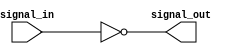
module Inverter_Delay (
    input wire signal_in,
    output reg signal_out
);

// Delay through inverter
assign signal_out = ~signal_in;

endmodule